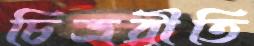
চিত্ররীতি